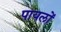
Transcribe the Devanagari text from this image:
पायलों